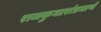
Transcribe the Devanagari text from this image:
राजकुमारांप्रमाणे